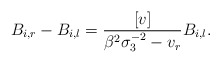
\begin{align*}B_{i,r}-B_{i,l} = \frac{[v]}{\beta^2\sigma_3^{-2}-v_r} B_{i,l}.\end{align*}